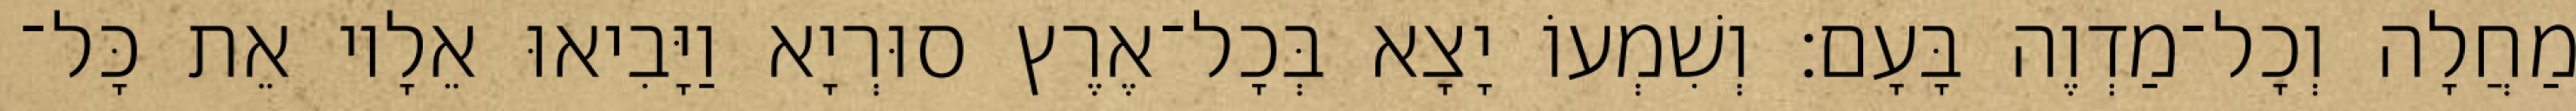
מַחֲלָה וְכָל־מַדְוֶה בָּעָם׃ וְשִׁמְעוֹ יָצָא בְּכָל־אֶרֶץ סוּרְיָא וַיָּבִיאוּ אֵלָיו אֵת כָּל־